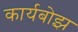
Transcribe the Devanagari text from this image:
कार्यबोझ